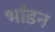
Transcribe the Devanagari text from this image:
भांडन